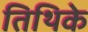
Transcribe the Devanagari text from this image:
तिथिके